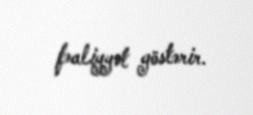
fəaliyyət göstərir.